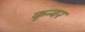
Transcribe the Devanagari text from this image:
कुन्वर